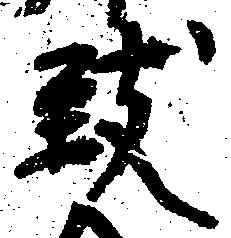
致